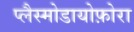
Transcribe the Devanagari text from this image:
प्लैस्मोडायोफ़ोरा